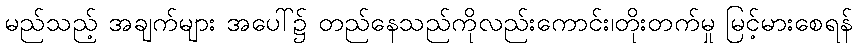
မည်သည့် အချက်များ အပေါ်၌ တည်နေသည်ကိုလည်းကောင်း၊တိုးတက်မှု မြင့်မားစေရန်